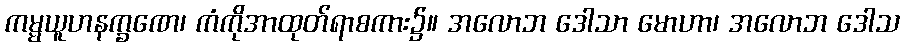
ကမ္မယူဟနက္ခဏေ၊ ကံကိုအာထုတ်ရာစကား၌။ အလောဘ ဒေါသာ မောဟာ၊ အလောဘ ဒေါသ